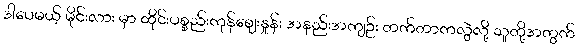
ဒါပေမယ့် မိုင်းလား မှာ ထိုင်းပစ္စည်းကုန်ဈေးနှုန်း အနည်းအကျဉ်း တက်တာကလွဲလို့ သူတို့အတွက်